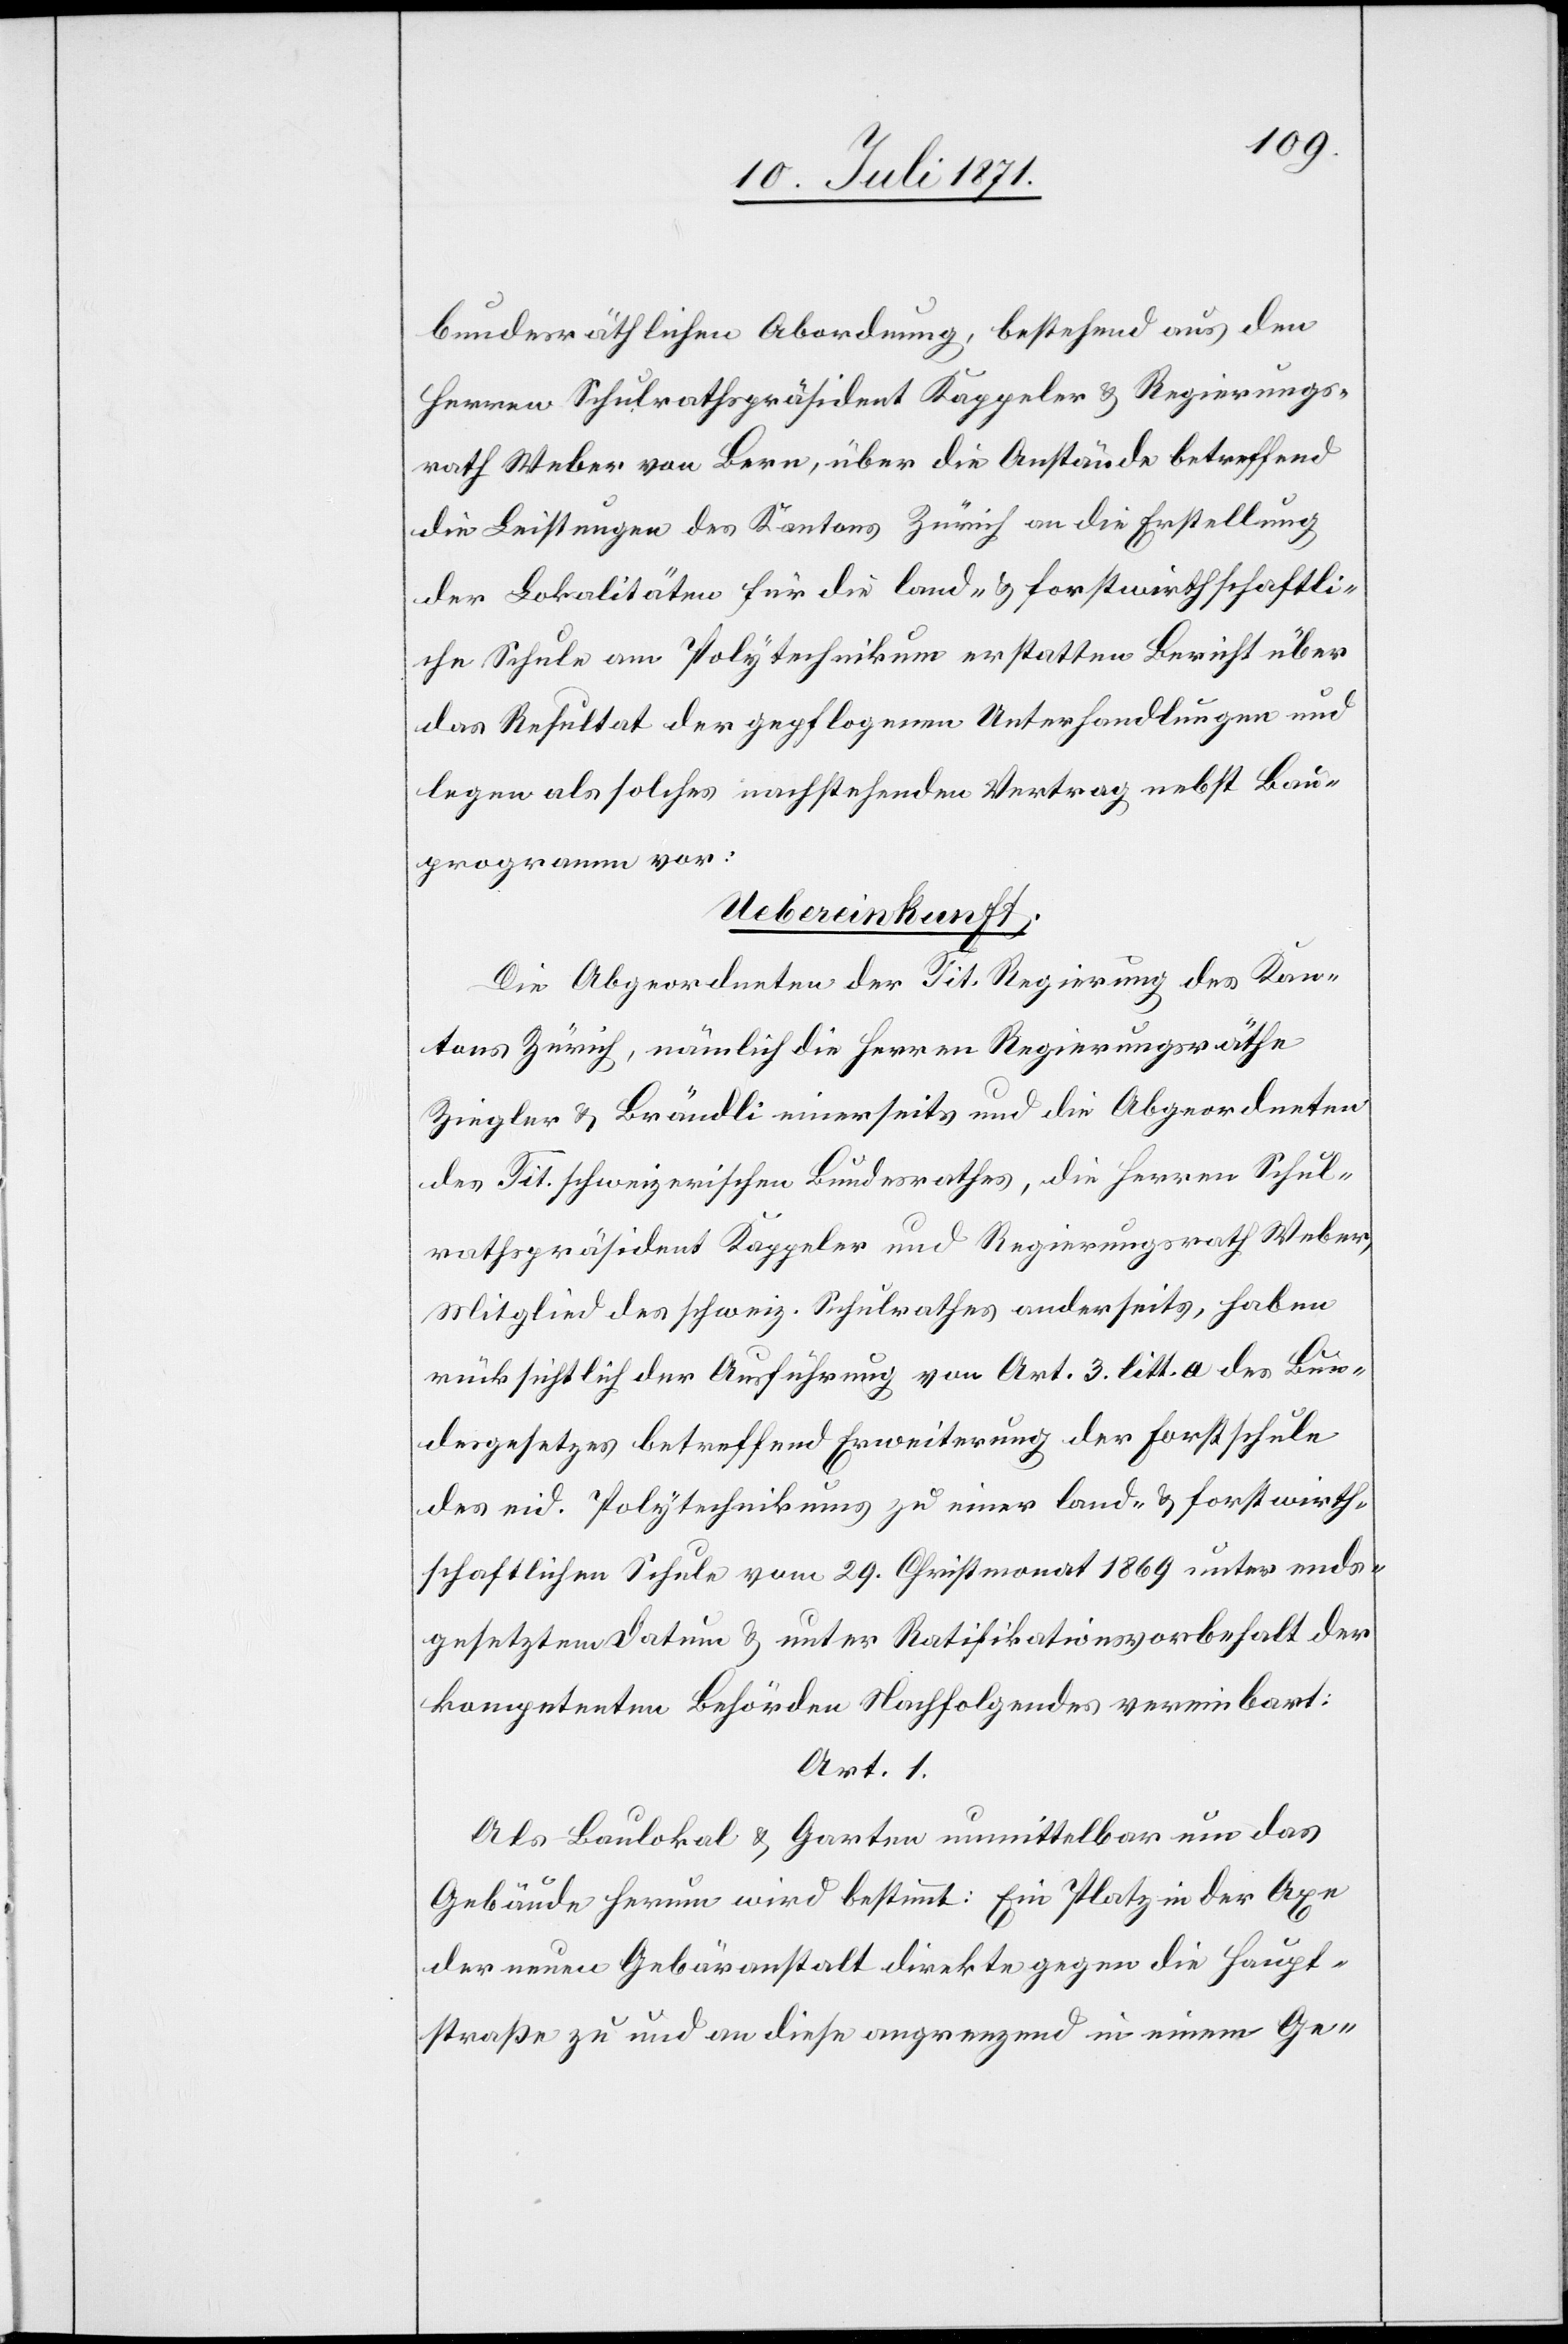
bundesräthlichen Abordnung, bestehend aus den
Herren Schulrathspräsident Kappeler u. Regierungs¬
rath Weber von Bern, über die Anstände betreffend
die Leistungen des Kantons Zürich an die Erstellung
der Lokalitäten für die land- u. forstwirthschaftli¬
che Schule am Polytechnikum erstatten Bericht über
das Resultat der gepflogenen Unterhandlungen und
legen als solches nachstehenden Vertrag nebst Bau¬
programm vor:
Uebereinkunft;
Die Abgeordneten der Tit. Regierung des Kan¬
tons Zürich, nämlich die Herren Regierungsräthe
Ziegler u. Brändli einerseits und die Abgeordneten
des Tit. schweizerischen Bundesrathes, die Herren Schul¬
rathspräsident Kappeler und Regierungsrath Weber,
Mitglied des schweiz. Schulrathes anderseits, haben
rücksichtlich der Ausführung von Art. 3 litt. a des Bun¬
desgesetzes betreffend Erweiterung der Forstschule
des eid. Polytechnikums zu einer land- u. forstwirth¬
schaftlichen Schule vom 29. Christmonat 1869 unter ends¬
gesetztem Datum u. unter Ratifikationsvorbehalt der
kompetenten Behörden Nachfolgendes vereinbart:
Art. 1.
Als Baulokal u. Garten unmittelbar um das
Gebäude herum wird bestimmt: Ein Platz in der Axe
der neuen Gebäranstalt direkte gegen die Haupt¬
straße zu und an diese angrenzend in einem Ge-